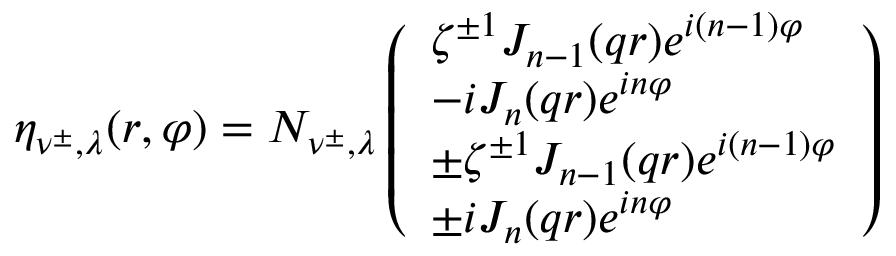
\eta _ { \nu ^ { \pm } , \lambda } ( r , \varphi ) = N _ { \nu ^ { \pm } , \lambda } \left( \begin{array} { l } { { \zeta ^ { \pm 1 } J _ { n - 1 } ( q r ) e ^ { i ( n - 1 ) \varphi } } } \\ { { - i J _ { n } ( q r ) e ^ { i n \varphi } } } \\ { { \pm \zeta ^ { \pm 1 } J _ { n - 1 } ( q r ) e ^ { i ( n - 1 ) \varphi } } } \\ { { \pm i J _ { n } ( q r ) e ^ { i n \varphi } } } \end{array} \right)